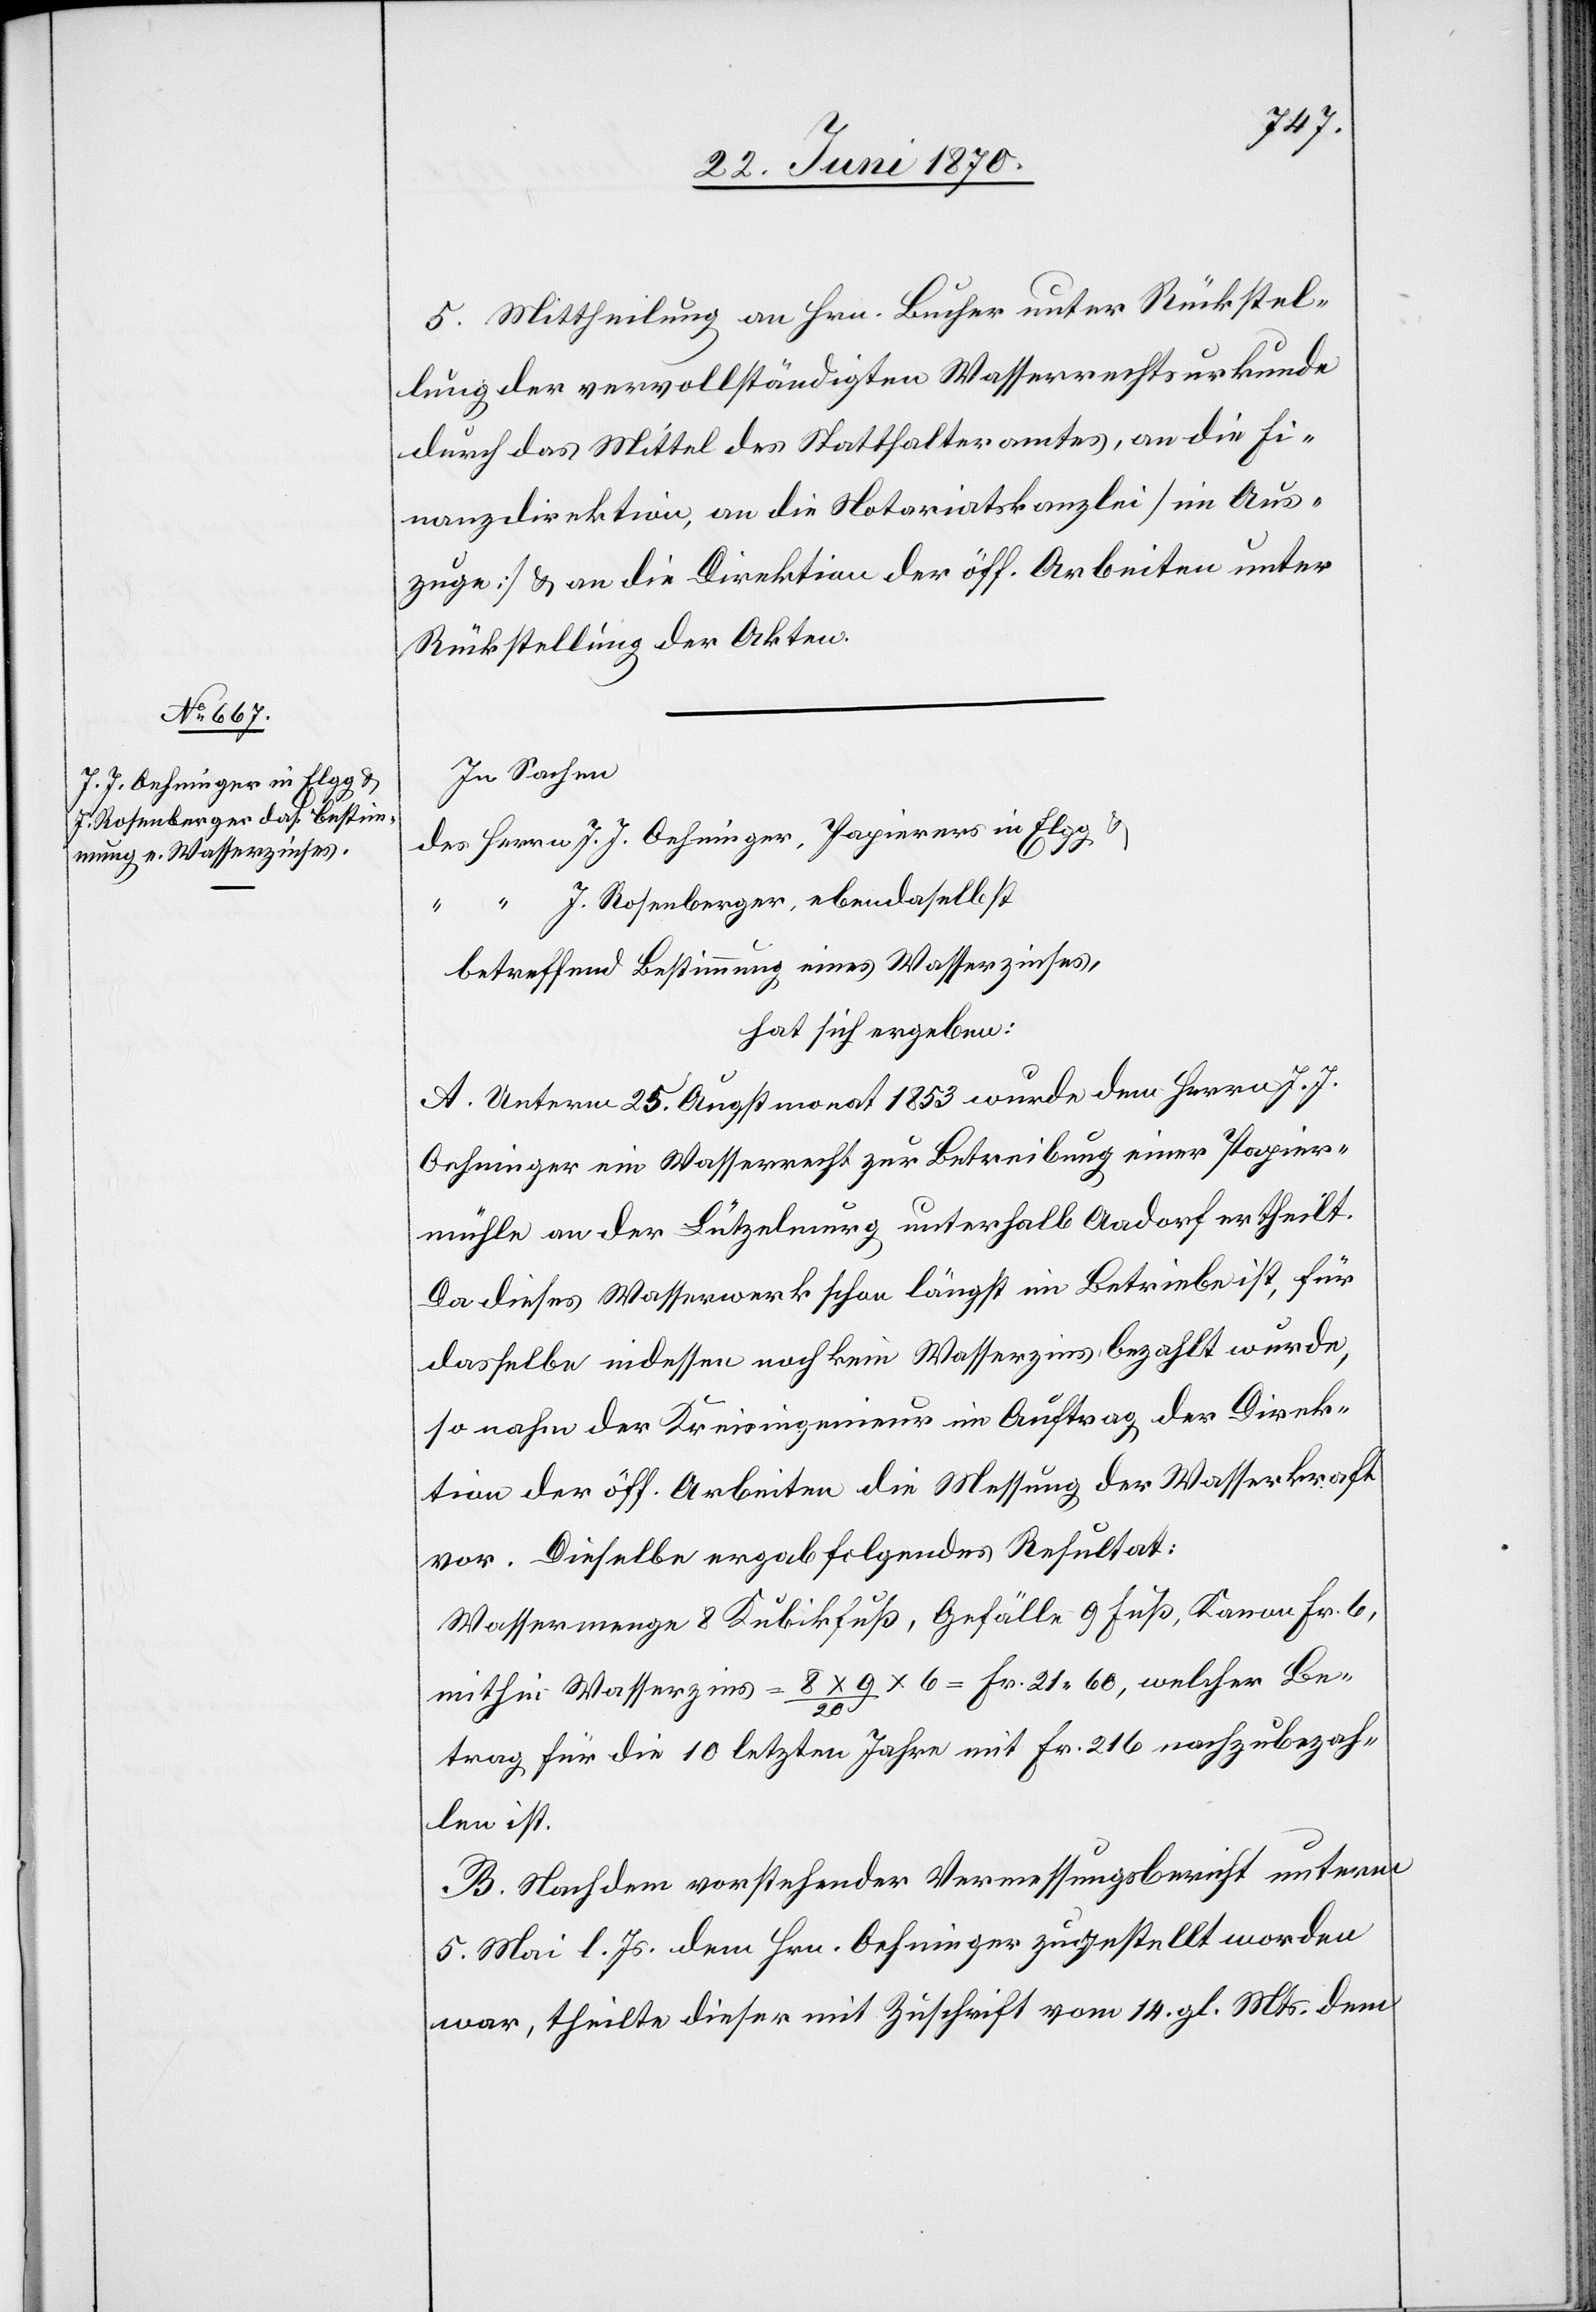
5. Mittheilung an Hrn. Bucher unter Rückstel¬
lung der vervollständigten Wasserrechtsurkunde
durch das Mittel des Statthalteramtes, an die Fi¬
nanzdirektion, an die Notariatskanzlei [im Aus¬
zuge] & an die Direktion der öff. Arbeiten unter
Rückstellung der Akten.
In Sachen
des Herrn J. J. Oehninger, Papierers in Elgg
“ “ J. Rosenberger, ebendaselbst
betreffend Bestimmung eines Wasserzinses,
hat sich ergeben:
A. Unterm 25. Augstmonat 1853 wurde dem Herrn J. J.
Oehninger ein Wasserrecht zur Betreibung einer Papier¬
mühle an der Lützelmurg unterhalb Aadorf ertheilt.
Da dieses Wasserwerk schon längst im Betriebe ist, für
dasselbe indessen noch kein Wasserzins bezahlt wurde,
so nahm der Kreisingenieur im Auftrag der Direk¬
tion der öff. Arbeiten die Messung der Wasserkraft
vor. Dieselbe ergab folgendes Resultat:
Wassermenge 8 Kubikfuß, Gefälle 9 Fuß, Kanon Fr. 6,
mithin Wasserzins = 8 x 9/20 x 6 = Fr. 21.60, welcher Be¬
trag für die 10 letzten Jahre mit Fr. 216, nachzubezah¬
len ist.
B. Nachdem vorstehender Vermessungsbericht unterm
5. Mai l. Js. dem Hrn. Oehninger zugestellt worden
war, theilte dieser mit Zuschrift vom 14. gl. Mts. dem